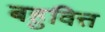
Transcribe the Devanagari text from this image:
बहुवित्त